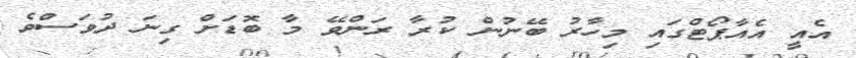
އެއީ އެއާޕޯޓްގައި މިހާރު ބޭނުން ކުރާ ރަންވޭ މާ ބޮޑަށް ގިނަ ދުވަސްވެ